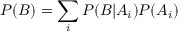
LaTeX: P ( B ) = \sum _ { i } { P ( B | A _ { i } ) P ( A _ { i } ) }